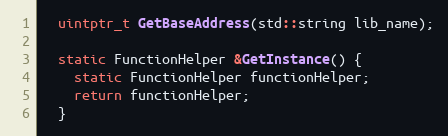
Language: C
  uintptr_t GetBaseAddress(std::string lib_name);

  static FunctionHelper &GetInstance() {
    static FunctionHelper functionHelper;
    return functionHelper;
  }